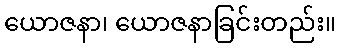
ယောဇနာ၊ ယောဇနာခြင်းတည်း။